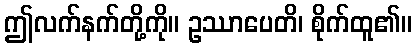
ဤလက်နက်တို့ကို။ ဥဿာပေတိ၊ စိုက်ထူ၏။